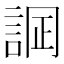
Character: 𧨋